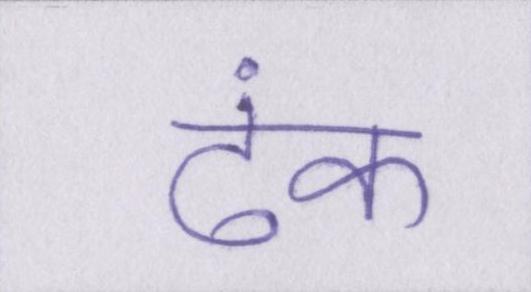
ढंक